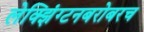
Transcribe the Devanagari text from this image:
लेक्झिंग्टनबरोबरच